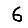
Digit: 6